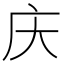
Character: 庆